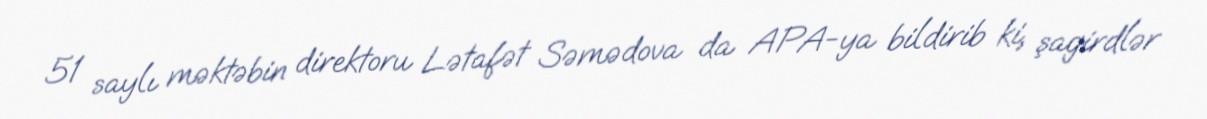
51 saylı məktəbin direktoru Lətafət Səmədova da APA-ya bildirib ki, şagirdlər